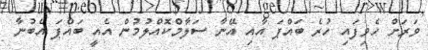
ވަރަށް ހެވިފައި ހުރެ ބައްޕަ އާއި އޭނާ ސަލާމްކޮއްލުމުން އެއީ ބައްޕަ އެބުނާ